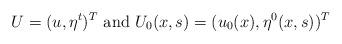
LaTeX: \begin{align*} U=(u, \eta^t)^T \mbox{ and }U_0(x,s)=(u_0(x),\eta^0(x,s))^T\end{align*}